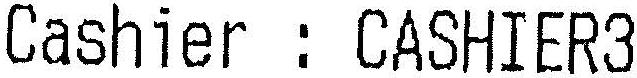
CASHIER : CASHIER3